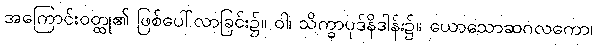
အကြောင်းဝတ္ထု၏ ဖြစ်ပေါ်လာခြင်း၌။ ဝါ၊ သိက္ခာပုဒ်နိဒါန်း၌။ ယောသောဆဂလကော၊